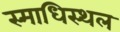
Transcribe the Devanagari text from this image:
स्माधिस्थल